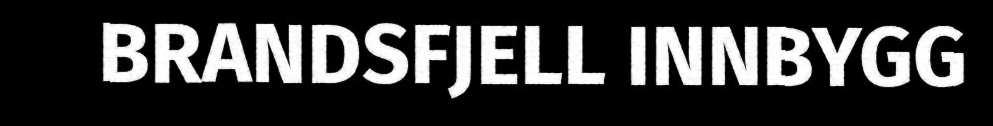
BRANDSFJELL INNBYGG